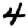
Digit: 4